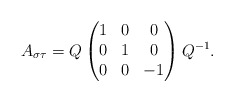
\begin{align*}A_{\sigma\tau}=Q\begin{pmatrix}1 & 0 & 0\\0 & 1 & 0\\0 & 0 & -1\end{pmatrix}Q^{-1}.\end{align*}